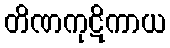
တိဏကုဋိကာယ